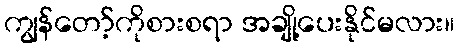
ကျွန်တော့်ကိုစားစရာ အချို့ပေးနိုင်မလား။